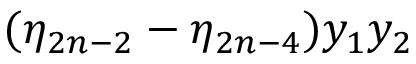
( \eta _ { 2 n - 2 } - \eta _ { 2 n - 4 } ) y _ { 1 } y _ { 2 }